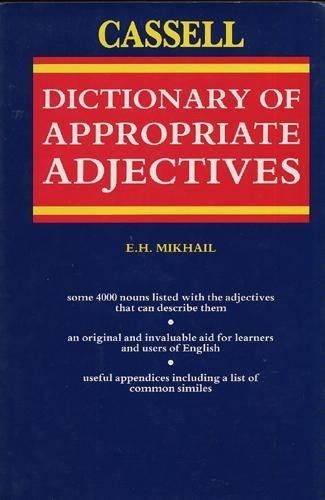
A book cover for The Cassell Dictionary of Appropriate Adjectives; E. H. Mikhail; Reference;